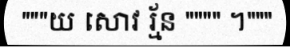
"""យ សោវ រ្ម័ន """" ។"""